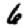
Digit: 6